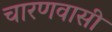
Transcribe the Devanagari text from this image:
चारणवासी